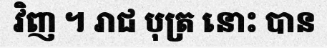
វិញ ។ រាជ បុត្រ នោះ បាន